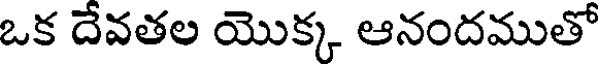
ఒక దేవతల యొక్క ఆనందముతో